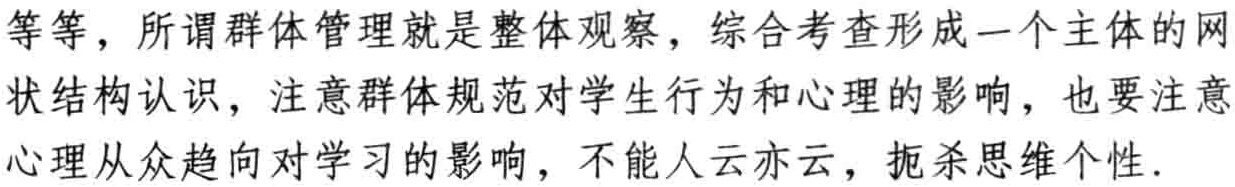
等等，所谓群体管理就是整体观察，综合考查形成一个主体的网状结构认识，注意群体规范对学生行为和心理的影响，也要注意心理从众趋向对学习的影响，不能人云亦云，扼杀思维个性.